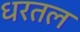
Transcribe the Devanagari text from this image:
धरतल